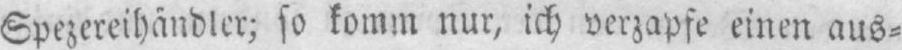
Spezereihändler; so komm nur, ich verzapfe einen aus⸗